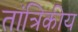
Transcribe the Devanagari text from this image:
तांत्रिकीय